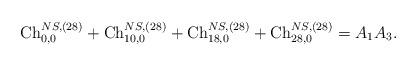
LaTeX: \begin{align*}{\rm Ch}_{0,0}^{NS,(28)}+{\rm Ch}_{10,0}^{NS,(28)}+{\rm Ch}_{18,0}^{NS,(28)}+{\rm Ch}_{28,0}^{NS,(28)}=A_1A_3.\end{align*}